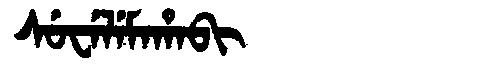
Manchu: ᠰᡠᠸᡝᠯᡝᠮᠠᡥᠠᠪᡳ
Romanization: SUWELEMAHABI